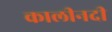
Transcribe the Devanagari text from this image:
कालीनदी